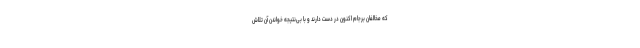
که مخالفان برجام اکنون در دست دارند و با بی‌نتیجه خواندن آن تلاش